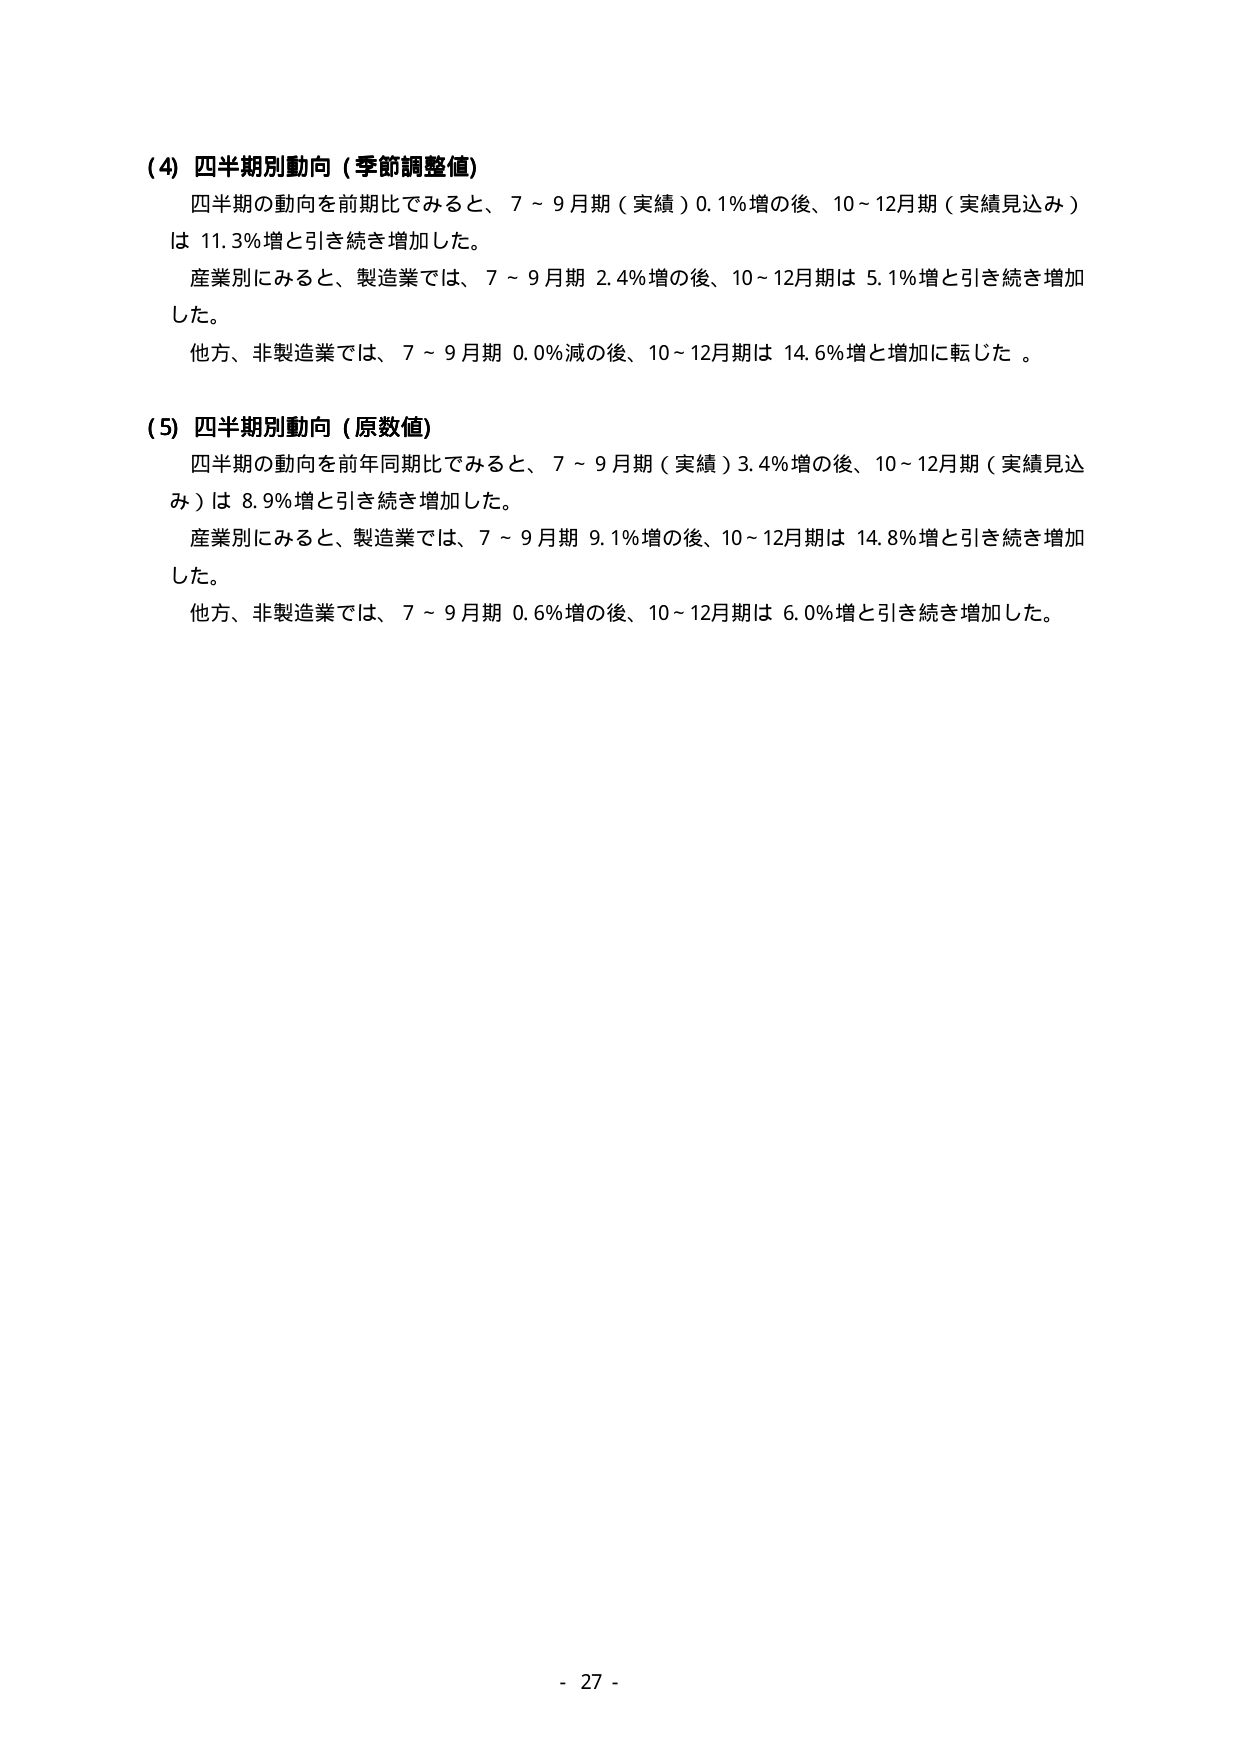
(4) 四半期別動向（季節調整値）
四半期の動向を前期比でみると、7～9月期（実績）0.1%増の後、10～12月期（実績見込み）は 11.3%増と引き続き増加した。
産業別にみると、製造業では、7～9月期 2.4%増の後、10～12月期は 5.1%増と引き続き増加した。
他方、非製造業では、7～9月期 0.0%減の後、10～12月期は 14.6%増と増加に転じた。

(5) 四半期別動向（原数値）
四半期の動向を前年同期比でみると、7～9月期（実績）3.4%増の後、10～12月期（実績見込み）は 8.9%増と引き続き増加した。
産業別にみると、製造業では、7～9月期 9.1%増の後、10～12月期は 14.8%増と引き続き増加した。
他方、非製造業では、7～9月期 0.6%増の後、10～12月期は 6.0%増と引き続き増加した。

- 27 -